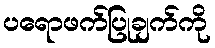
ပရောဖက်ပြုချက်ကို